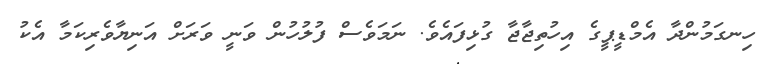
ހިނގަމުންދާ އެމްޑީޕީގެ އިހުތިޖާޖާ ގުޅިފައެވެ. ނަމަވެސް ފުލުހުން ވަނީ ވަރަށް އަނިޔާވެރިކަމާ އެކު